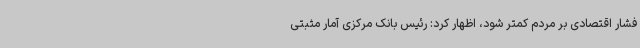
فشار اقتصادی بر مردم کمتر شود، اظهار کرد: رئیس بانک مرکزی آمار مثبتی